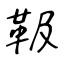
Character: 靸